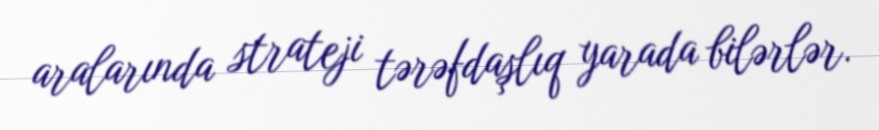
aralarında strateji tərəfdaşlıq yarada bilərlər.